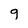
Character: q